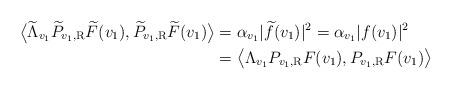
LaTeX: \begin{align*} \big\langle \widetilde \Lambda_{v_1} \widetilde P_{v_1, \rm R} \widetilde F (v_1), \widetilde P_{v_1, \rm R} \widetilde F (v_1) \big\rangle & = \alpha_{v_1} |\widetilde f (v_1)|^2 = \alpha_{v_1} |f (v_1)|^2 \\& = \big\langle \Lambda_{v_1} P_{v_1, \rm R} F (v_1), P_{v_1, \rm R} F (v_1) \big\rangle\end{align*}